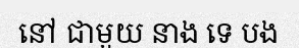
នៅ ជាមួយ នាង ទេ បង